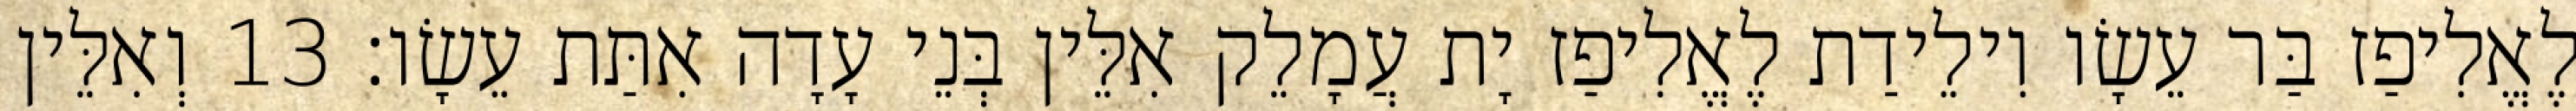
לֶאֱלִיפַז בַּר עֵשָׂו וִילֵידַת לֶאֱלִיפַז יָת עֲמָלֵק אִלֵּין בְּנֵי עָדָה אִתַּת עֵשָׂו׃ 13 וְאִלֵּין